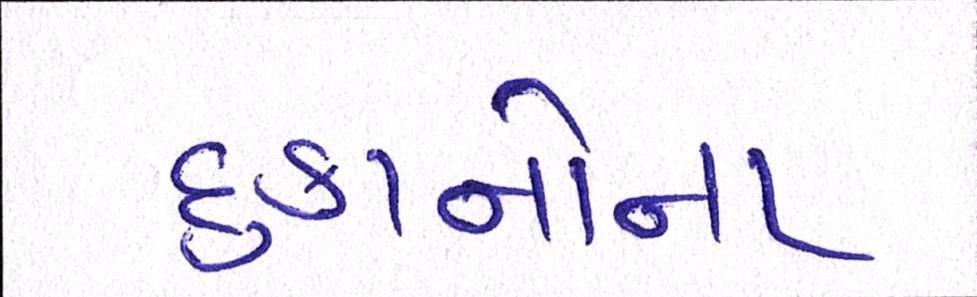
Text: દુકાનોના